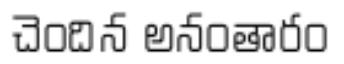
చెందిన అనంతారం